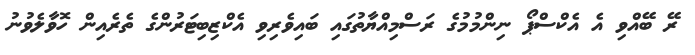
ރޭ ބޭއްވި އެ އެކްސްޕޯ ނިންމުމުގެ ރަސްމިއްޔާތުގައި ބައިވެރިވި އެކްޒިބިޓަރުންގެ ތެރެއިން ހޮވާލެވުނު